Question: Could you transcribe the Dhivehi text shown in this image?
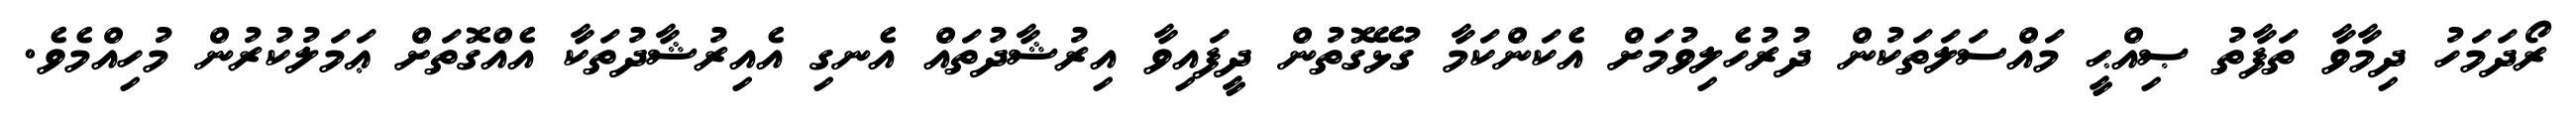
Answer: ރޯދަމަހު ދިމާވާ ތަފާތު ޞިއްޙީ މައްސަލަތަކުން ދުރުހެލިވުމަށް އެކަންކަމާ ގުޅޭގޮތުން ދީފައިވާ އިރުޝާދުތައް އެނގި އެއިރުޝާދުތަކާ އެއްގޮތަށް ޢަމަލުކުރުން މުހިއްމެވެ.